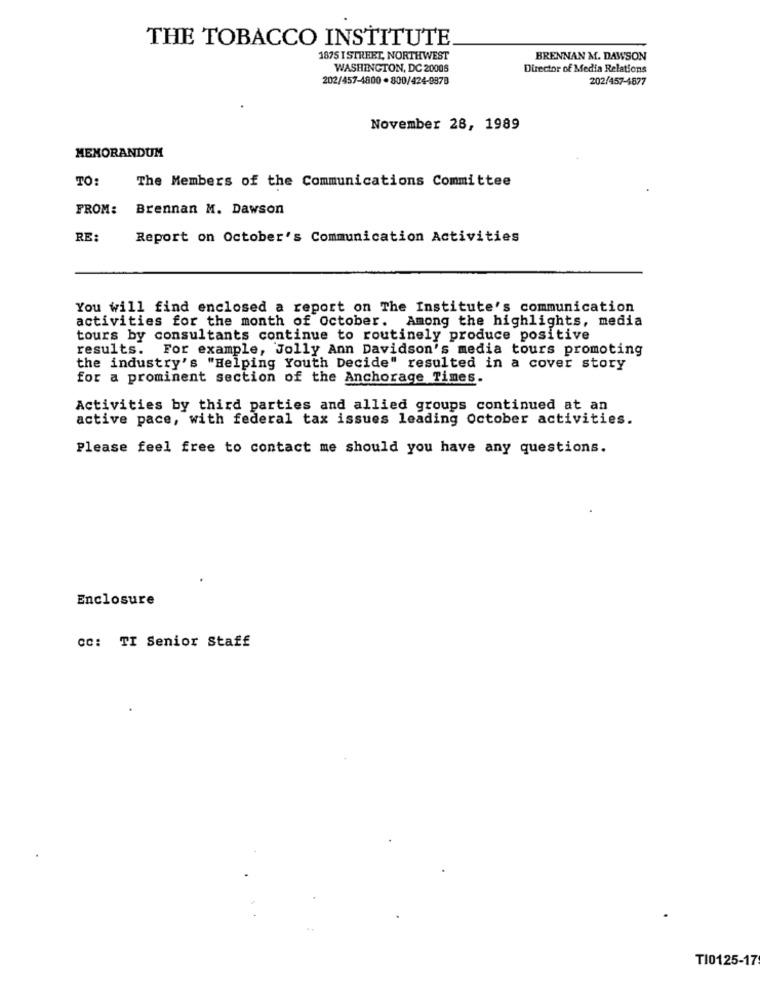
THE TOBACCO INSTITUTE
1875 I STREET, NORTHWEST
BRENNAN M. DAWSON
WASHINGTON, DC 20008
Director of Media Relations
202/457-4800 .800/424-9878
202/457-4877
November 28, 1989
MEMORANDUM
TO:
The Members of the Communications Committee
FROM:
Brennan M. Dawson
RE:
Report on October's Communication Activities
You will find enclosed a report on The Institute's communication
activities for the month of October. Among the highlights, media
tours by consultants continue to routinely produce positive
results. For example, Jolly Ann Davidson's media tours promoting
the industry's "Helping Youth Decide" resulted in a cover story
for a prominent section of the Anchorage Times.
Activities by third parties and allied groups continued at an
active pace, with federal tax issues leading October activities.
Please feel free to contact me should you have any questions.
Enclosure
CC: TI Senior Staff
TI0125-17